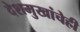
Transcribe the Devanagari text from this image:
देशमुखांचेही